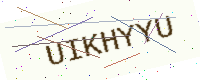
Text: UIKHYYU